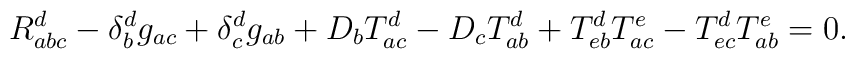
R_{abc}^d-\delta _b^dg_{ac}+\delta_c^dg_{ab}+D_bT_{ac}^d-D_cT_{ab}^d+T_{eb}^dT_{ac}^e-T_{ec}^dT_{ab}^e=0.